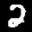
Label: 2